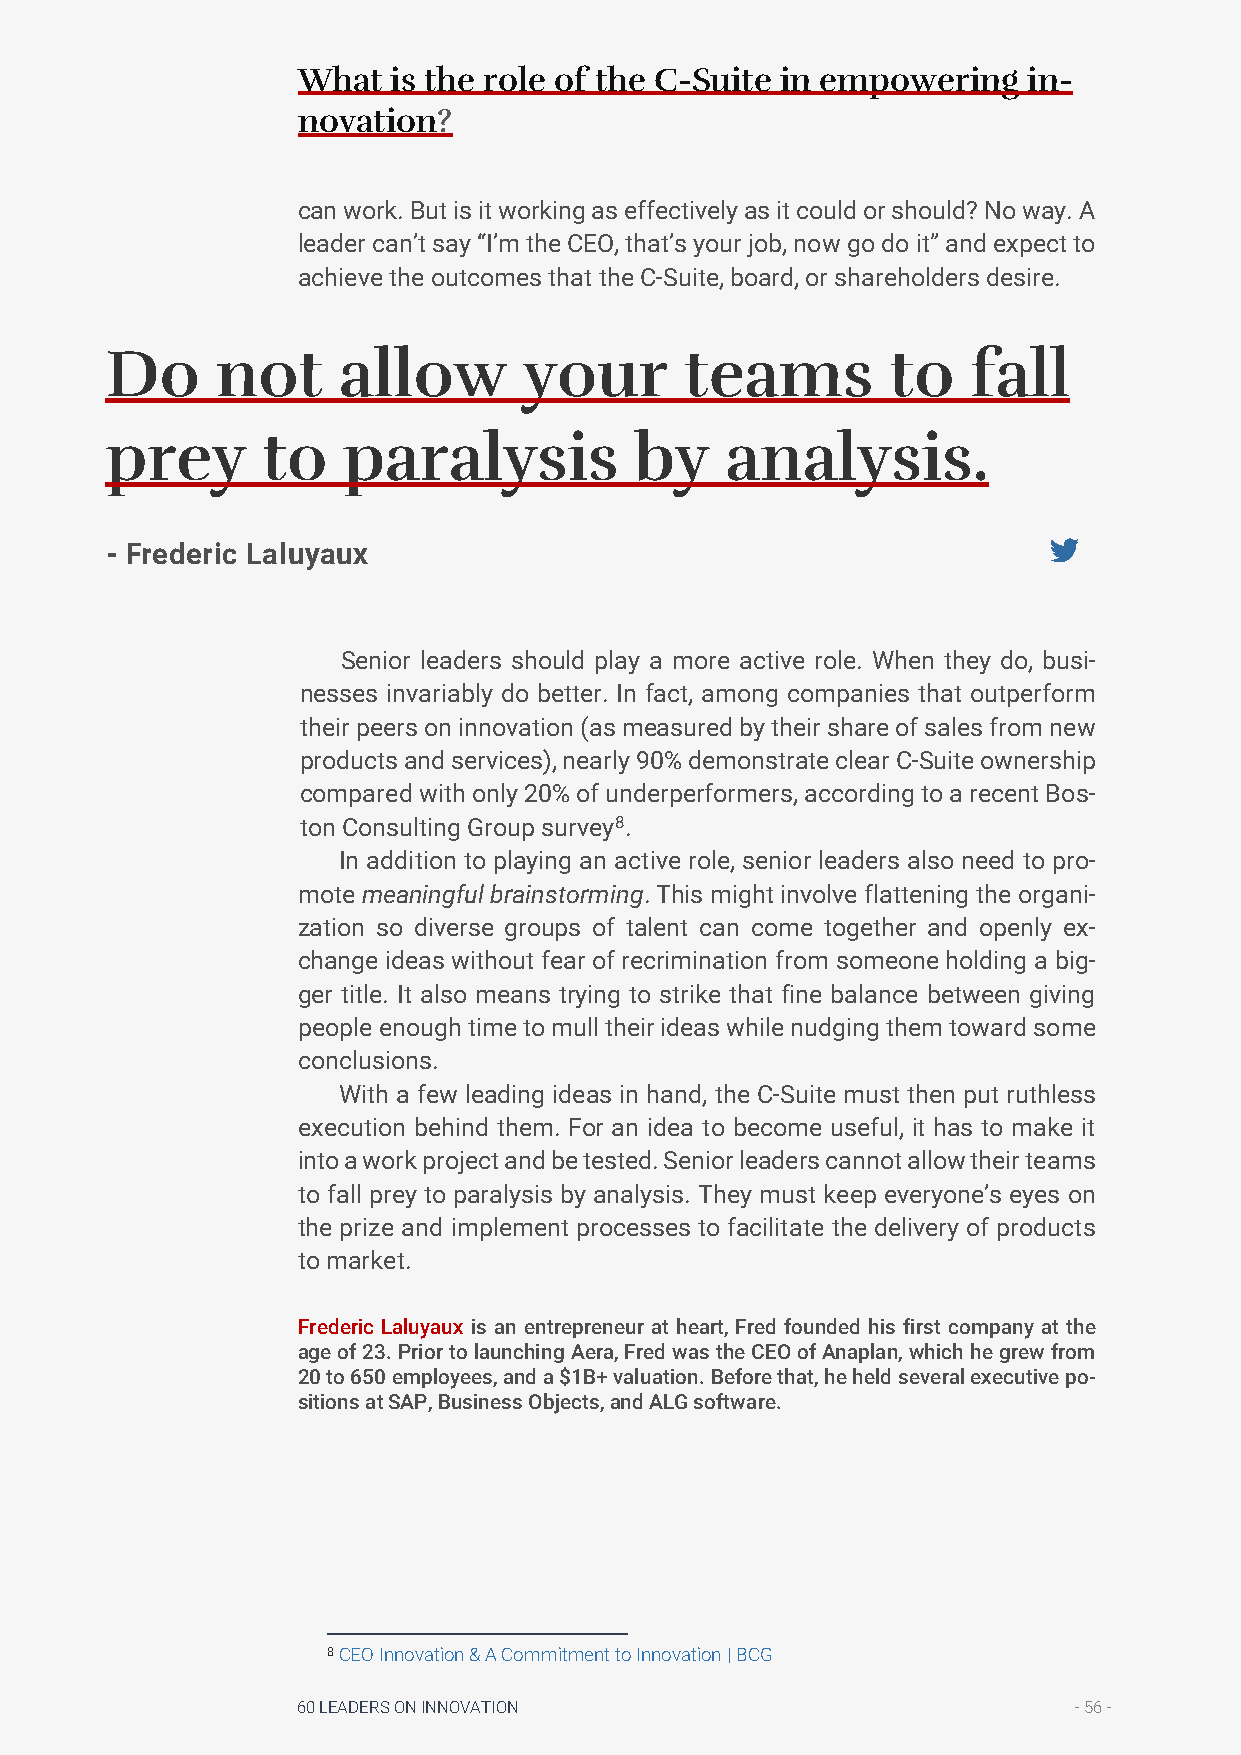
What  is the role of the C-Suite in empowering  in-
 novation?
 can work. But is it working as effectively as it could or should? No way. A
 leader can’t say “I’m the CEO, that’s your job, now go do it” and expect to
 achieve the outcomes that the C-Suite, board, or shareholders desire.
 Do     not     allow        your      teams         to   fall
 prey      to    paralysis          by    analysis.
 - Frederic Laluyaux
 Senior leaders should play a more active role. When they do, busi-
 nesses invariably do better. In fact, among companies that outperform
 their peers on innovation (as measured by their share of sales from new
 products and services), nearly 90% demonstrate clear C-Suite ownership
 compared with only 20% of underperformers, according to a recent Bos-
 ton Consulting Group survey8.
 In addition to playing an active role, senior leaders also need to pro-
 mote meaningful brainstorming. This might involve flattening the organi-
 zation so diverse groups of talent can come together and openly ex-
 change ideas without fear of recrimination from someone holding a big-
 ger title. It also means trying to strike that fine balance between giving
 people enough time to mull their ideas while nudging them toward some
 conclusions.
 With a few leading ideas in hand, the C-Suite must then put ruthless
 execution behind them. For an idea to become useful, it has to make it
 into a work project and be tested. Senior leaders cannot allow their teams
 to fall prey to paralysis by analysis. They must keep everyone’s eyes on
 the prize and implement processes to facilitate the delivery of products
 to market.
 Frederic Laluyaux is an entrepreneur at heart, Fred founded his first company at the
 age of 23. Prior to launching Aera, Fred was the CEO of Anaplan, which he grew from
 20 to 650 employees, and a $1B+ valuation. Before that, he held several executive po-
 sitions at SAP, Business Objects, and ALG software.
 8 CEO Innovation & A Commitment to Innovation | BCG
 60 LEADERS ON INNOVATION                           - 56 -